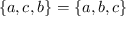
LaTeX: \{ a , c , b \} = \{ a , b , c \}